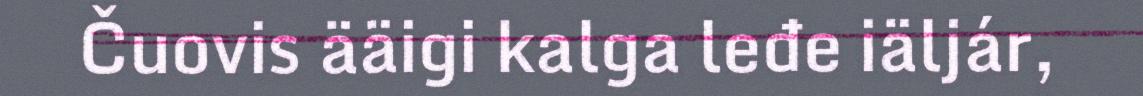
Čuovis ääigi kalga leđe iäljár,